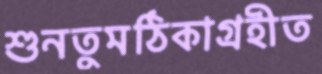
শুনতুমঠিকাগ্রহীত